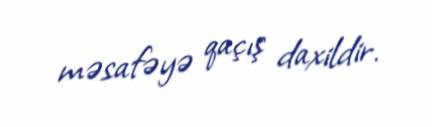
məsafəyə qaçış daxildir.